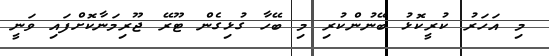
މި އަހަރު ކުރީކޮޅު ބޭނުންކުރި މި ބޭހާ ގުޅިގެން ޓޫރޭ ޖޫރިމަނާކޮށްފައި ވަނީ